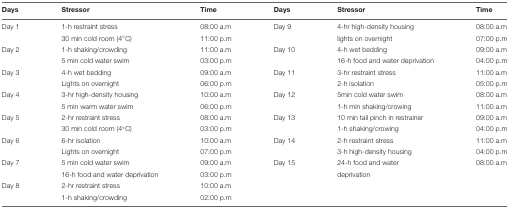
<table><thead><tr><td><b>Days</b></td><td><b>Stressor</b></td><td><b>Time</b></td><td><b>Days</b></td><td><b>Stressor</b></td><td><b>Time</b></td></tr></thead><tbody><tr><td>Day 1</td><td>1-h restraint stress</td><td>08:00 a.m</td><td>Day 9</td><td>4-hr high-density housing</td><td>08:00 a.m</td></tr><tr><td></td><td>30 min cold room (4°C)</td><td>11:00 p.m</td><td></td><td>lights on overnight</td><td>07:00 p.m</td></tr><tr><td>Day 2</td><td>1-h shaking/crowding</td><td>11:00 a.m</td><td>Day 10</td><td>4-h wet bedding</td><td>09:00 a.m</td></tr><tr><td></td><td>5 min cold water swim</td><td>03:00 p.m</td><td></td><td>16-h food and water deprivation</td><td>04:00 p.m</td></tr><tr><td>Day 3</td><td>4-h wet bedding</td><td>09:00 a.m</td><td>Day 11</td><td>3-hr restraint stress</td><td>11:00 a.m</td></tr><tr><td></td><td>Lights on overnight</td><td>06:00 p.m</td><td></td><td>2-h isolation</td><td>05:00 p.m</td></tr><tr><td>Day 4</td><td>3-hr high-density housing</td><td>10:00 a.m</td><td>Day 12</td><td>5min cold water swim</td><td>08:00 a.m</td></tr><tr><td></td><td>5 min warm water swim</td><td>06:00 p.m</td><td></td><td>1-h min shaking/crowing</td><td>11:00 a.m</td></tr><tr><td>Day 5</td><td>2-hr restraint stress</td><td>08:00 a.m</td><td>Day 13</td><td>10 min tail pinch in restrainer</td><td>09:00 a.m</td></tr><tr><td></td><td>30 min cold room (4°C)</td><td>03:00 p.m</td><td></td><td>1-h shaking/crowing</td><td>04:00 p.m</td></tr><tr><td>Day 6</td><td>6-hr isolation</td><td>10:00 a.m</td><td>Day 14</td><td>2-h restraint stress</td><td>11:00 a.m</td></tr><tr><td></td><td>Lights on overnight</td><td>07:00 p.m</td><td></td><td>3-h high-density housing</td><td>04:00 p.m</td></tr><tr><td>Day 7</td><td>5 min cold water swim</td><td>09:00 a.m</td><td>Day 15</td><td>24-h food and water</td><td>08:00 a.m</td></tr><tr><td></td><td>16-h food and water deprivation</td><td>03:00 p.m</td><td></td><td>deprivation</td><td></td></tr><tr><td>Day 8</td><td>2-hr restraint stress</td><td>10:00 a.m</td><td></td><td></td><td></td></tr><tr><td></td><td>1-h shaking/crowding</td><td>02:00 p.m</td><td></td><td></td><td></td></tr></tbody></table>